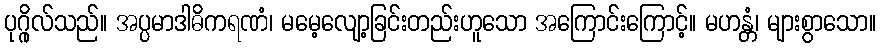
ပုဂ္ဂိုလ်သည်။ အပ္ပမာဒါဓိကရဏံ၊ မမေ့လျော့ခြင်းတည်းဟူသော အကြောင်းကြောင့်။ မဟန္တံ၊ များစွာသော။